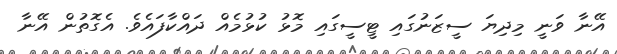
އޭނާ ވަނީ މިދިޔަ ސީޒަނުގައި ޓީސީގައި މޮޅު ކުޅުމެއް ދައްކާފައެވެ. އެގޮތުން އޭނާ